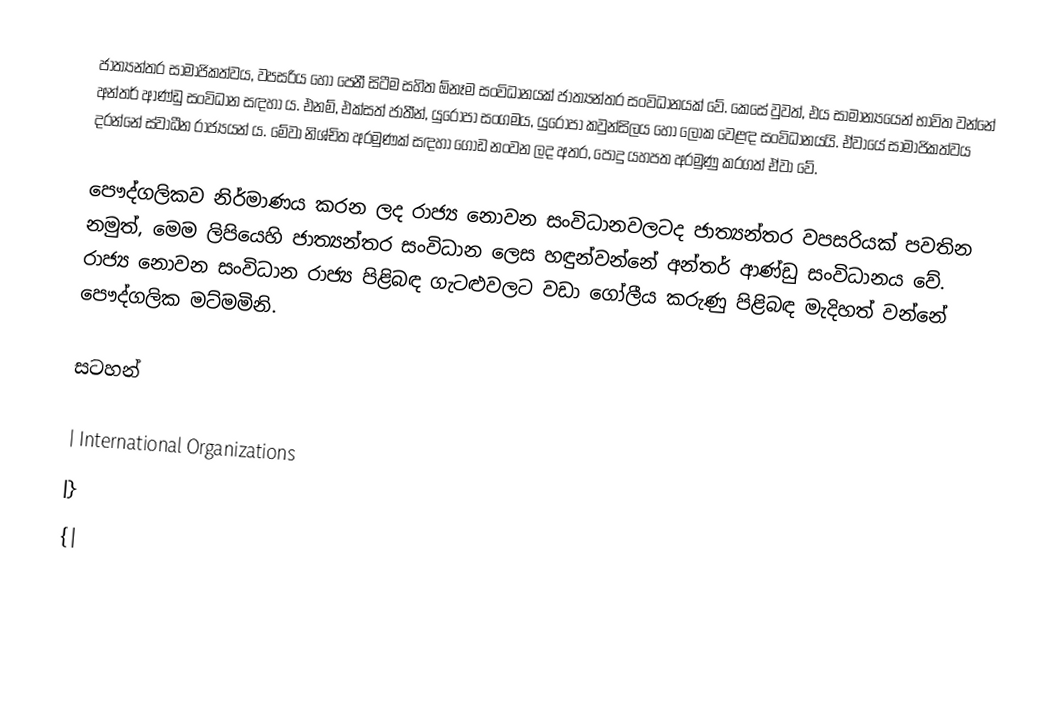
ජාත්‍යන්තර සාමාජිකත්වය, වපසරිය හෝ පෙනී සිටීම සහිත ඕනෑම සංවිධානයක් ජාත්‍යන්තර සංවිධානයක් වේ. කෙසේ වුවත්, එය සාමාන්‍යයෙන් භාවිත වන්නේ අන්තර් ආණ්ඩු සංවිධාන සඳහා ය. එනම්, එක්සත් ජාතීන්, යුරෝපා සංගමය, යුරෝපා කවුන්සිලය හෝ ලෝක වෙළඳ සංවිධානයයි. ඒවායේ සාමාජිකත්වය දරන්නේ ස්වාධීන රාජ්‍යයන් ය. මේවා නිශ්චිත අරමුණක් සඳහා ගොඩ නංවන ලද අතර, පොදු යහපත අරමුණු කරගත් ඒවා වේ.

පෞද්ගලිකව නිර්මාණය කරන ලද රාජ්‍ය නොවන සංවිධානවලටද ජාත්‍යන්තර වපසරියක් පවතින නමුත්, මෙම ලිපියෙහි ජාත්‍යන්තර සංවිධාන ලෙස හඳුන්වන්නේ අන්තර් ආණ්ඩු සංවිධානය වේ. රාජ්‍ය නොවන සංවිධාන රාජ්‍ය පිළිබඳ ගැටළුවලට වඩා ගෝලීය කරුණු පිළිබඳ මැදිහත් වන්නේ පෞද්ගලික මට්මමිනි.

සටහන්

| International Organizations
|}
{|